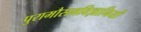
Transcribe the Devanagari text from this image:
पुरामौसमविज्ञानियों